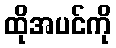
ထိုအပင်ကို